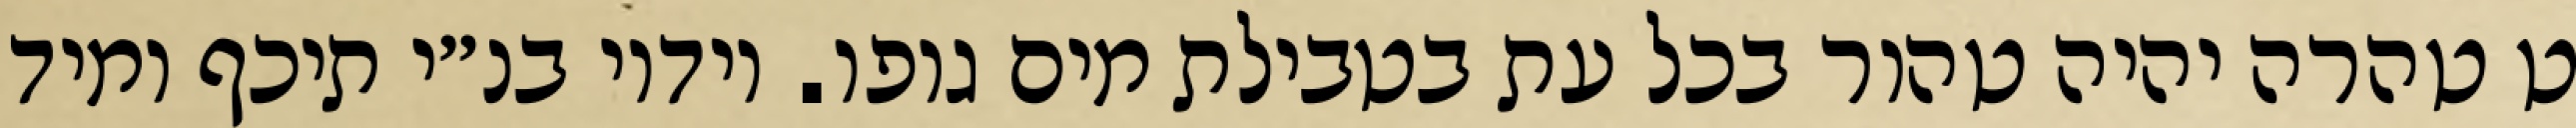
ט טהרה יהיה טהור בכל עת בטבילת מים גופו. וידיו בנ״י תיכף ומיד